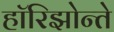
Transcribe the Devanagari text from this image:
हॉरिझोन्ते